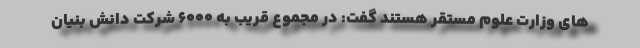
های وزارت علوم مستقر هستند گفت: در مجموع قریب به ۶۰۰۰ شرکت دانش بنیان